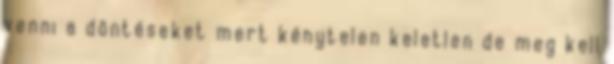
venni a döntéseket mert kénytelen keletlen de meg kell